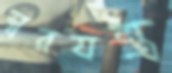
স্বরযন্ত্র